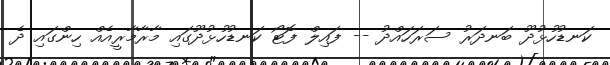
ކަނޑުހުޅުދޫ ބަނދަރު ސަރަހައްދު -- ފައިލް ފޮޓޯ ކަނޑުހުޅުދޫގައި މާރާމާރީއެއް ހިންގައި ދެ